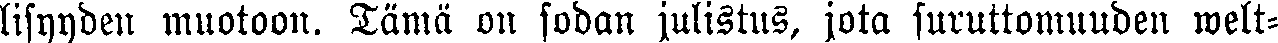
lisyyden muotoon. Tämä on sodan julistus, jota suruttomuuden welt-